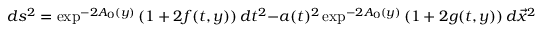
d s ^ { 2 } = \exp ^ { - 2 A _ { 0 } ( y ) } \left( 1 + 2 f ( t , y ) \right) d t ^ { 2 } - a ( t ) ^ { 2 } \exp ^ { - 2 A _ { 0 } ( y ) } \left( 1 + 2 g ( t , y ) \right) d \vec { x } ^ { 2 } - b _ { 0 } ^ { 2 } d y ^ { 2 } ,